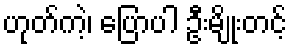
ဟုတ်ကဲ့၊ ပြောပါ ဦးမျိုးတင့်